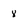
Character: 8